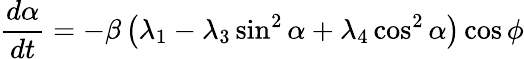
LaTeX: \frac{d\alpha}{dt}=-\beta\left(\lambda_{1}-\lambda_{3}\sin^{2}\alpha+\lambda_{4}\cos^{2}\alpha\right)\cos\phi